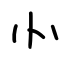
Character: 㣺